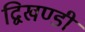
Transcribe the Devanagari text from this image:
द्विखण्डी